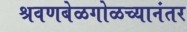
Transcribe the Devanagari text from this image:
श्रवणबेळगोळच्यानंतर